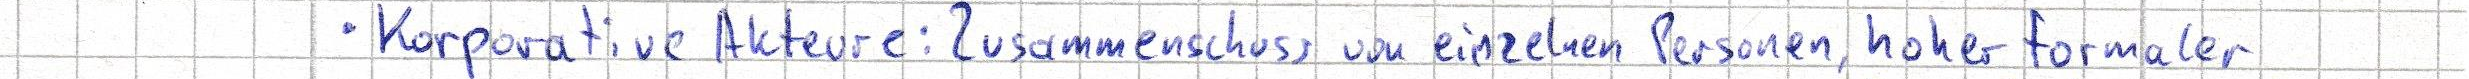
- Korporative Akteure: Zusammenschuss von einzelnen Personen, hoher Formaler